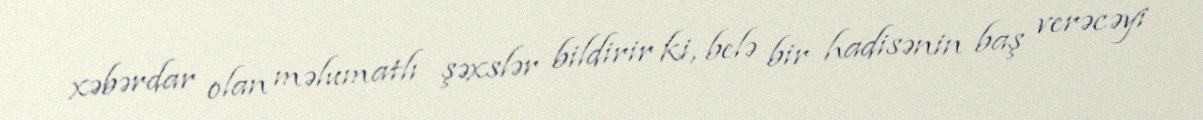
xəbərdar olan məlumatlı şəxslər bildirir ki, belə bir hadisənin baş verəcəyi